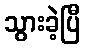
သွားခဲ့ပြီ